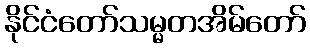
နိုင်ငံတော်သမ္မတအိမ်တော်